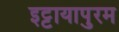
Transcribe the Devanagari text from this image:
इट्टायापुरम